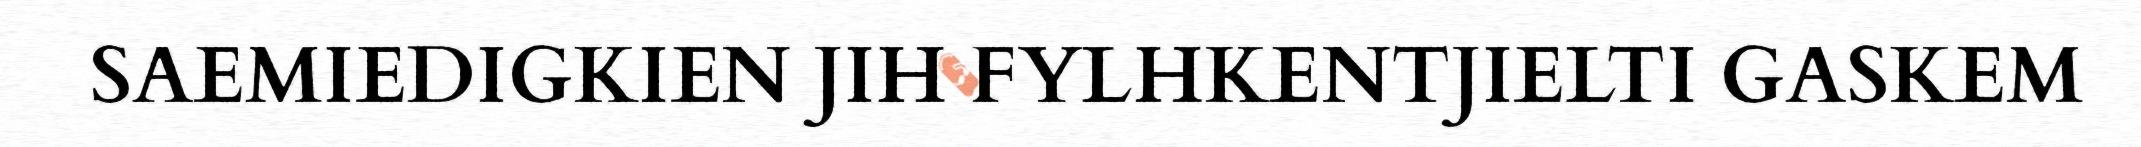
SAEMIEDIGKIEN JIH FYLHKENTJIELTI GASKEM